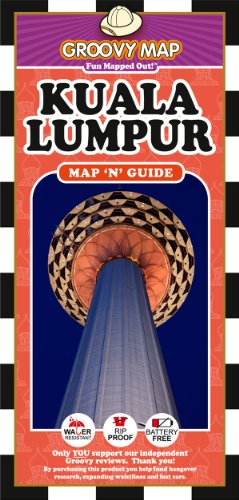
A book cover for Groovy Map n Guide Kuala Lumpur (2012-13); Aaron Frankel; Travel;